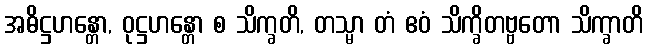
အဓိဋ္ဌဟန္တော, ဝုဋ္ဌဟန္တော စ သိက္ခတိ, တသ္မာ တံ ဧဝံ သိက္ခိတဗ္ဗတော သိက္ခာတိ